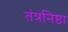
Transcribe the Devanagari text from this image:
तंत्रनिष्ठा